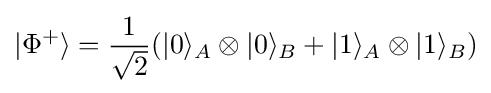
|\Phi ^{+}\rangle ={\frac {1}{\sqrt {2}}}(|0\rangle _{A}\otimes |0\rangle _{B}+|1\rangle _{A}\otimes |1\rangle _{B})